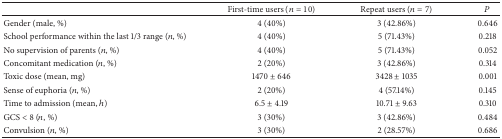
|  | First-time users (n = 10) | Repeat users (n = 7) | P |
 | --- | --- | --- | --- |
 | Gender (male, %) | 4 (40%) | 3 (42.86%) | 0.646 |
 | School performance within the last 1/3 range (n, %) | 4 (40%) | 5 (71.43%) | 0.218 |
 | No supervision of parents (n, %) | 4 (40%) | 5 (71.43%) | 0.052 |
 | Concomitant medication (n, %) | 2 (20%) | 3 (42.86%) | 0.314 |
 | Toxic dose (mean, mg) | 1470 ± 646 | 3428 ± 1035 | 0.001 |
 | Sense of euphoria (n, %) | 2 (20%) | 4 (57.14%) | 0.145 |
 | Time to admission (mean, h) | 6.5 ± 4.19 | 10.71 ± 9.63 | 0.310 |
 | GCS < 8 (n, %) | 3 (30%) | 3 (42.86%) | 0.484 |
 | Convulsion (n, %) | 3 (30%) | 2 (28.57%) | 0.686 |